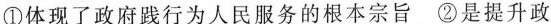
①体现了政府践行为人民服务的根本宗旨 ②是提升政